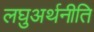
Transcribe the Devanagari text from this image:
लघुअर्थनीति